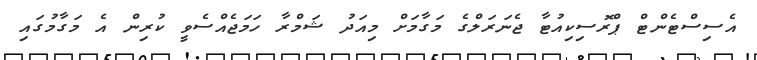
އެސިސްޓެންޓް ޕްރޮސިކިއުޓާ ޖެނަރަލްގެ މަގާމަށް މިއަދު ޝަމްރާ ހަމަޖެއްސެވީ ކުރިން އެ މަގާމުގައި